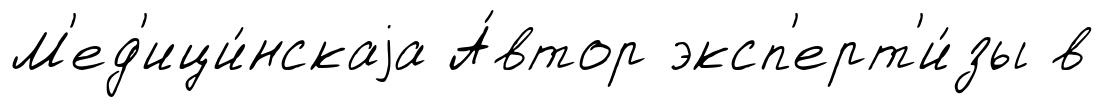
М'ед'ици́нскаjа А́втор эксп'ерт'и́зы в